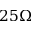
2 5 \Omega